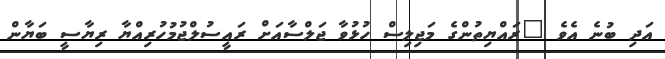
އަދި ބުނެ އެވެ "ރައްޔިތުންގެ މަޖިލިސް ހުޅުވާ ޖަލްސާއަށް ރައީސުލްޖުމުހުރިއްޔާ ރިޔާސީ ބަޔާން